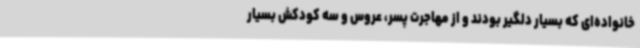
خانواده‌ای که بسیار دلگیر بودند و از مهاجرت پسر، عروس و سه کودکش بسیار